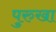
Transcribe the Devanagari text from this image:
पुरुखा